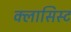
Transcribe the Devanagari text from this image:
क्लासिस्ट